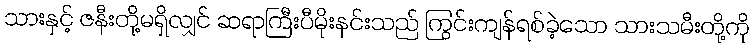
သားနှင့် ဇနီးတို့မရှိလျှင် ဆရာကြီးပီမိုးနင်းသည် ကြွင်းကျန်ရစ်ခဲ့သော သားသမီးတို့ကို